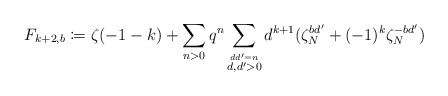
\begin{align*} F_{k+2,b} \coloneqq \zeta (-1-k)+ \sum_{n>0}q^n \sum_{\stackrel{dd'= n}{d,d'>0}}d^{k+1}(\zeta_N^{bd'} + (-1)^k\zeta_N^{-bd'}) \end{align*}